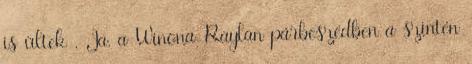
is ültek . Ja, a Winona-Raylan párbeszédben a szintén